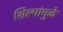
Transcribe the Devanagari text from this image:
शिल्पांमुळे